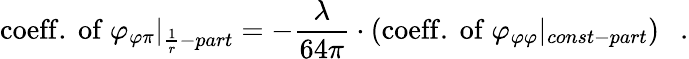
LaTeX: \mathrm{coeff.\ of\ }\varphi_{\varphi\pi}|_{\frac{1}{r}-part}=-\frac{\lambda}{64\pi}\cdot(\mathrm{coeff.\ of\ }\varphi_{\varphi\varphi}|_{const-part})\ \ \ .